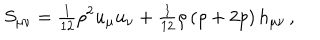
S _ { \mu \nu } = { \textstyle { \frac { 1 } { 1 2 } } } \rho ^ { 2 } u _ { \mu } u _ { \nu } + { \textstyle { \frac { 1 } { 1 2 } } } \rho \left( \rho + 2 p \right) h _ { \mu \nu } \, ,